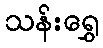
သန်းရွှေ